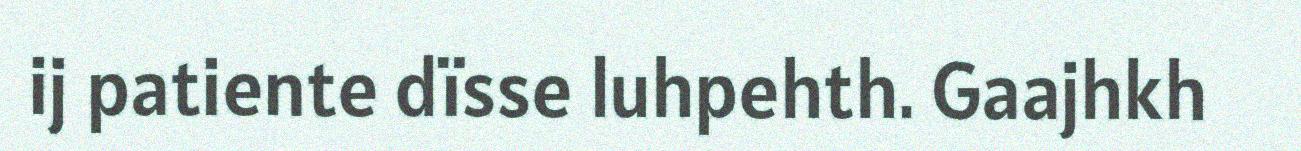
ij patiente dïsse luhpehth. Gaajhkh